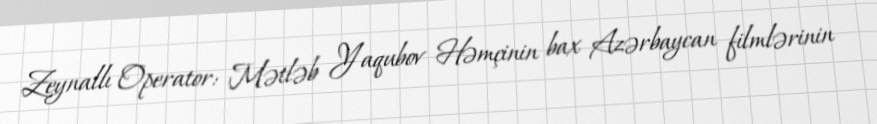
Zeynallı Operator: Mətləb Yaqubov Həmçinin bax Azərbaycan filmlərinin